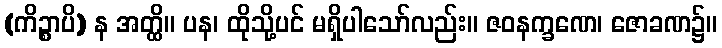
(ကိဉ္စာပိ) န အတ္ထိ။ ပန၊ ထိုသို့ပင် မရှိပါသော်လည်း။ ဇဝနက္ခဏေ၊ ဇောခဏ၌။